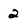
Character: 2